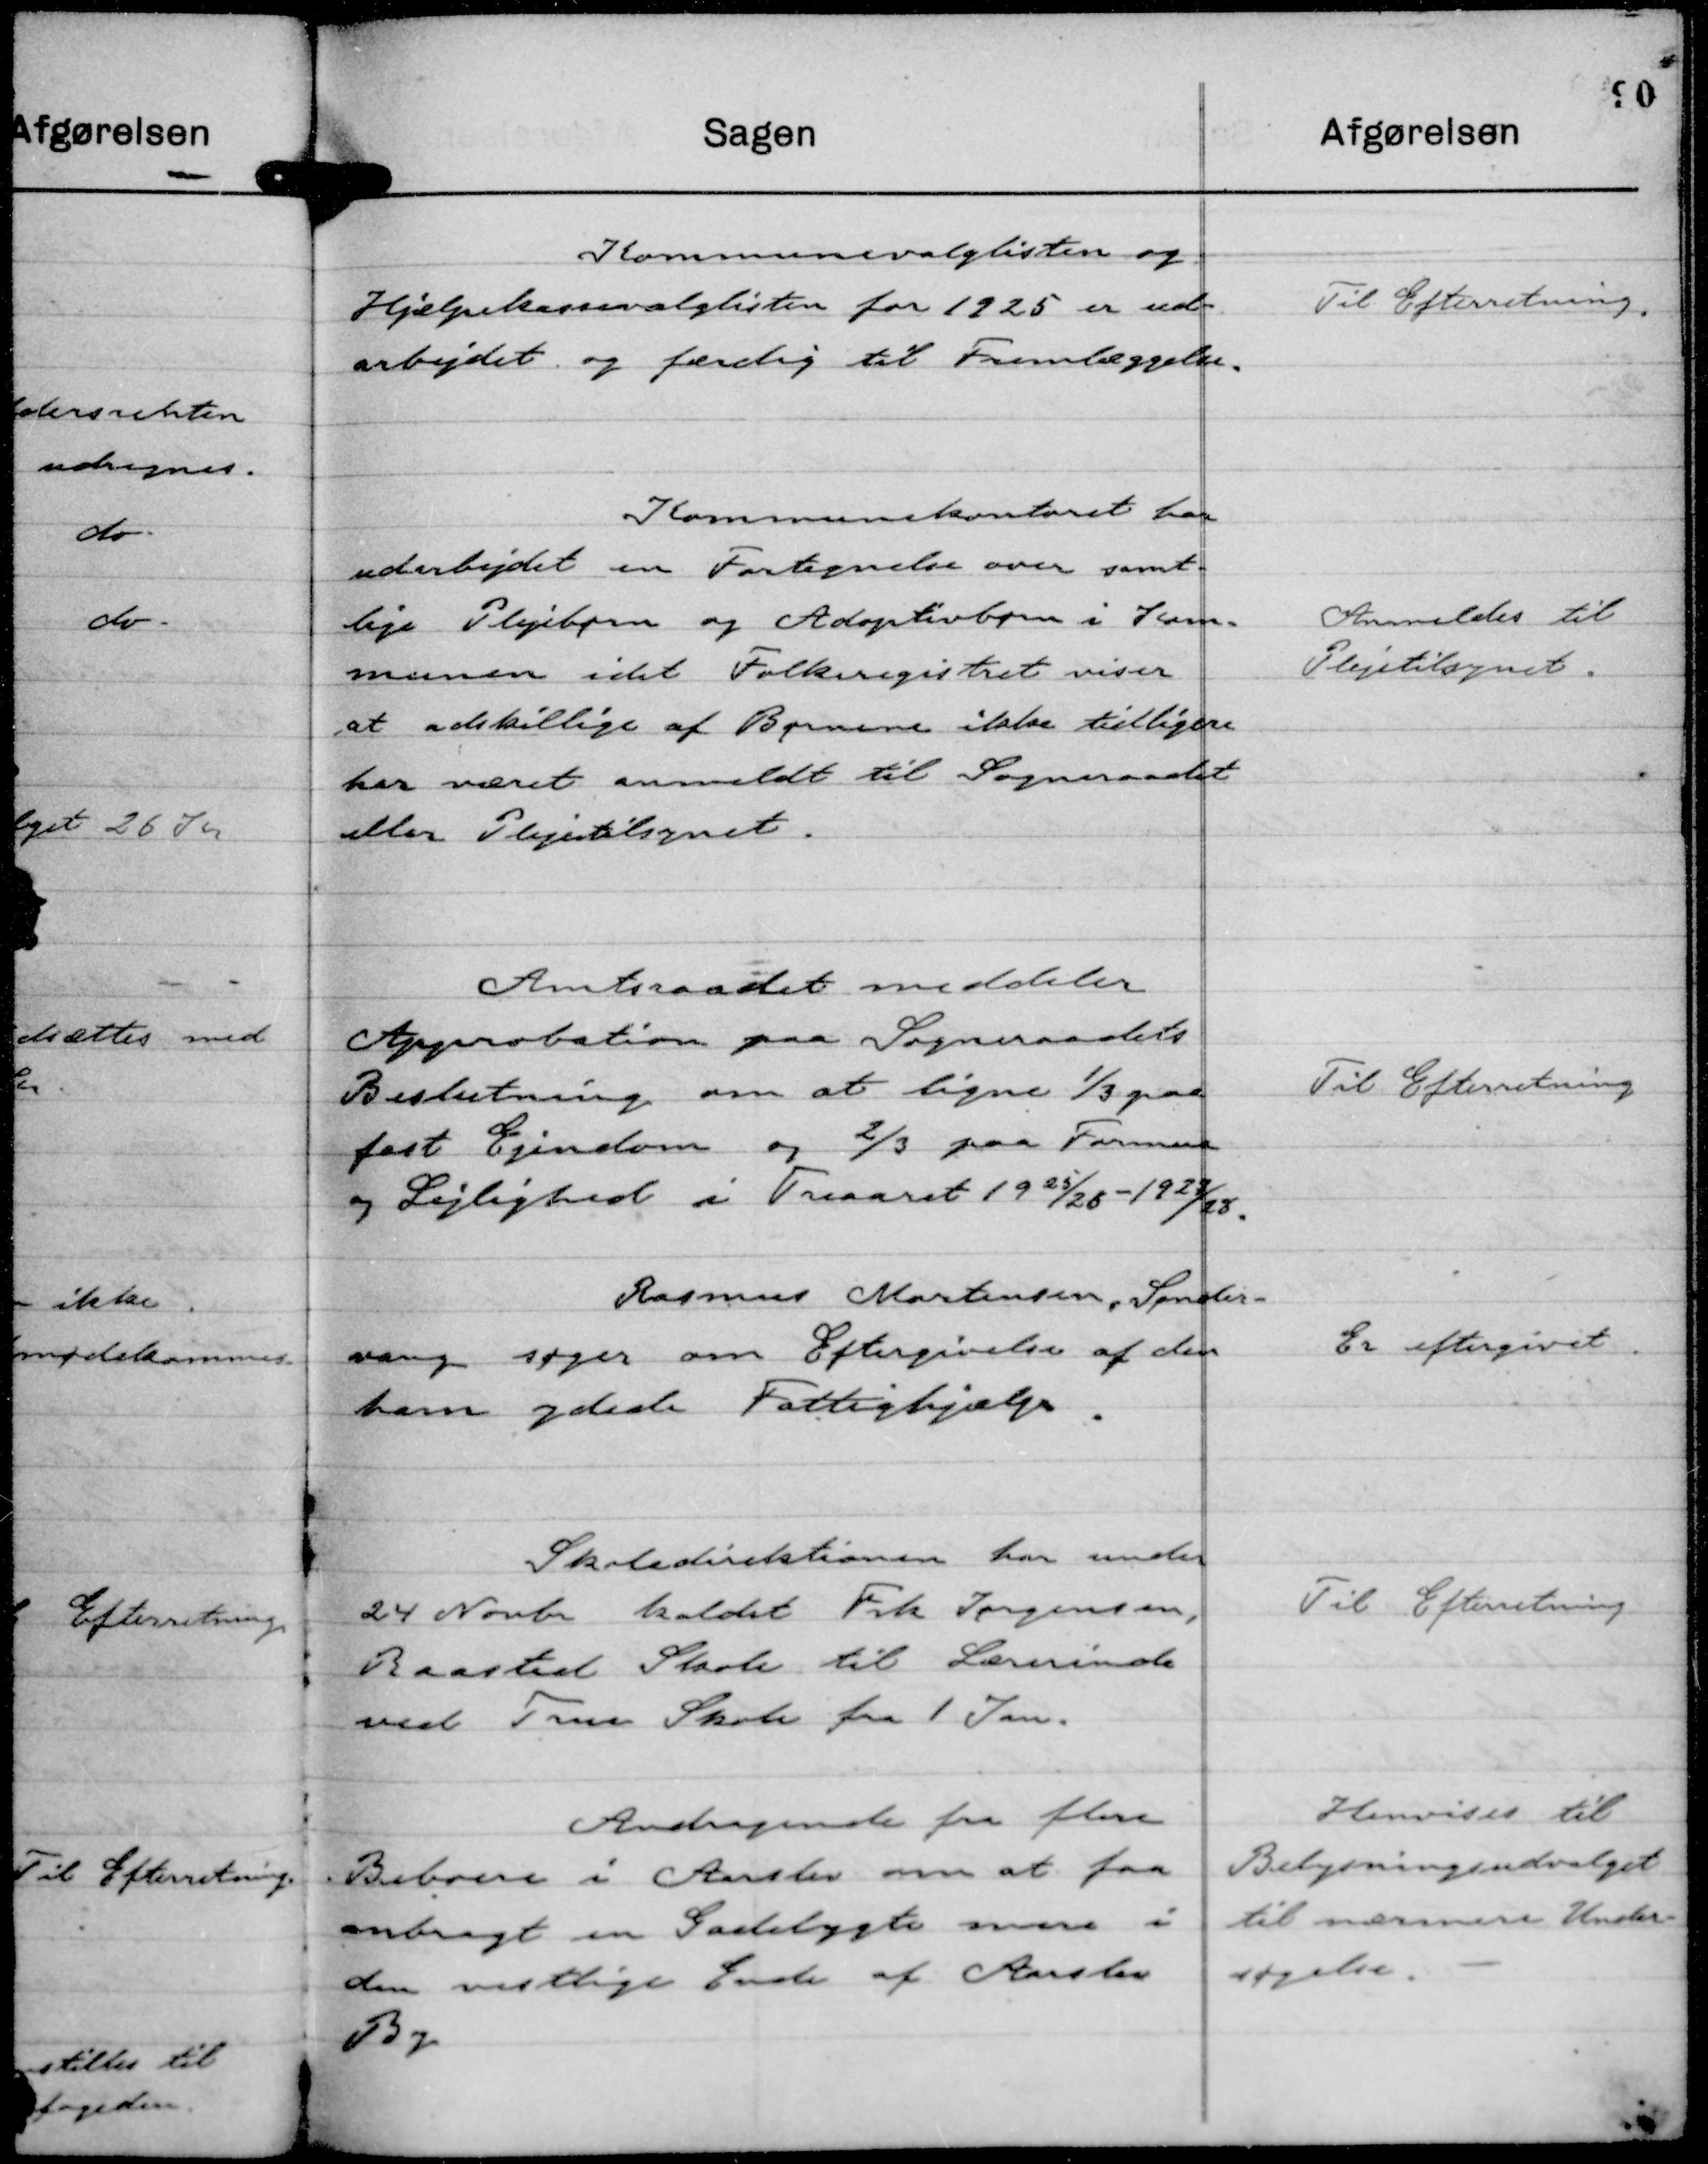
Transskription:
Kommunevalglisten og
Hjælpekassevalglisten for 1925 er ud-
arbejdet og færdig til Fremlæggelse.

Til Efterretning.

Kommunekontoret har
udarbejdet en Fortegnelse over samt-
lige Plejebørn og Adoptivbørn i Kom-
munen idet Folkeregistret viser
at adskillige af Børnene ikke tidligere
har været anmeldt til Sogneraadet
eller Plejetilsynet.

Anmeldes til
Plejetilsynet.

Amtsraadet meddeler
Approbation paa Sogneraadets
Beslutning om at ligne ⅓ paa
fast Ejendom og ⅔ paa Formue
og Lejlighed i Treaaret 1925/26 - 1927/28

Til Efterretning

Rasmus Mortensen, Sønder-
vang søger om Eftergivelse af den
ham ydede Fattighjælp.

Er eftergivet

Skoledirektionen har under
24 Novbr kaldet Frk Jørgensen,
Baasted Skole til Lærerinde
ved True Skole fra 1 Jan.

Til Efterretning

Andragende fra flere
Beboere i Aarslev om at faa
anbragt en Gadelygte mere i
den vestlige Ende af Aarslev
By

Henvises til
Belysningsudvalget
til nærmere Under-
søgelse.